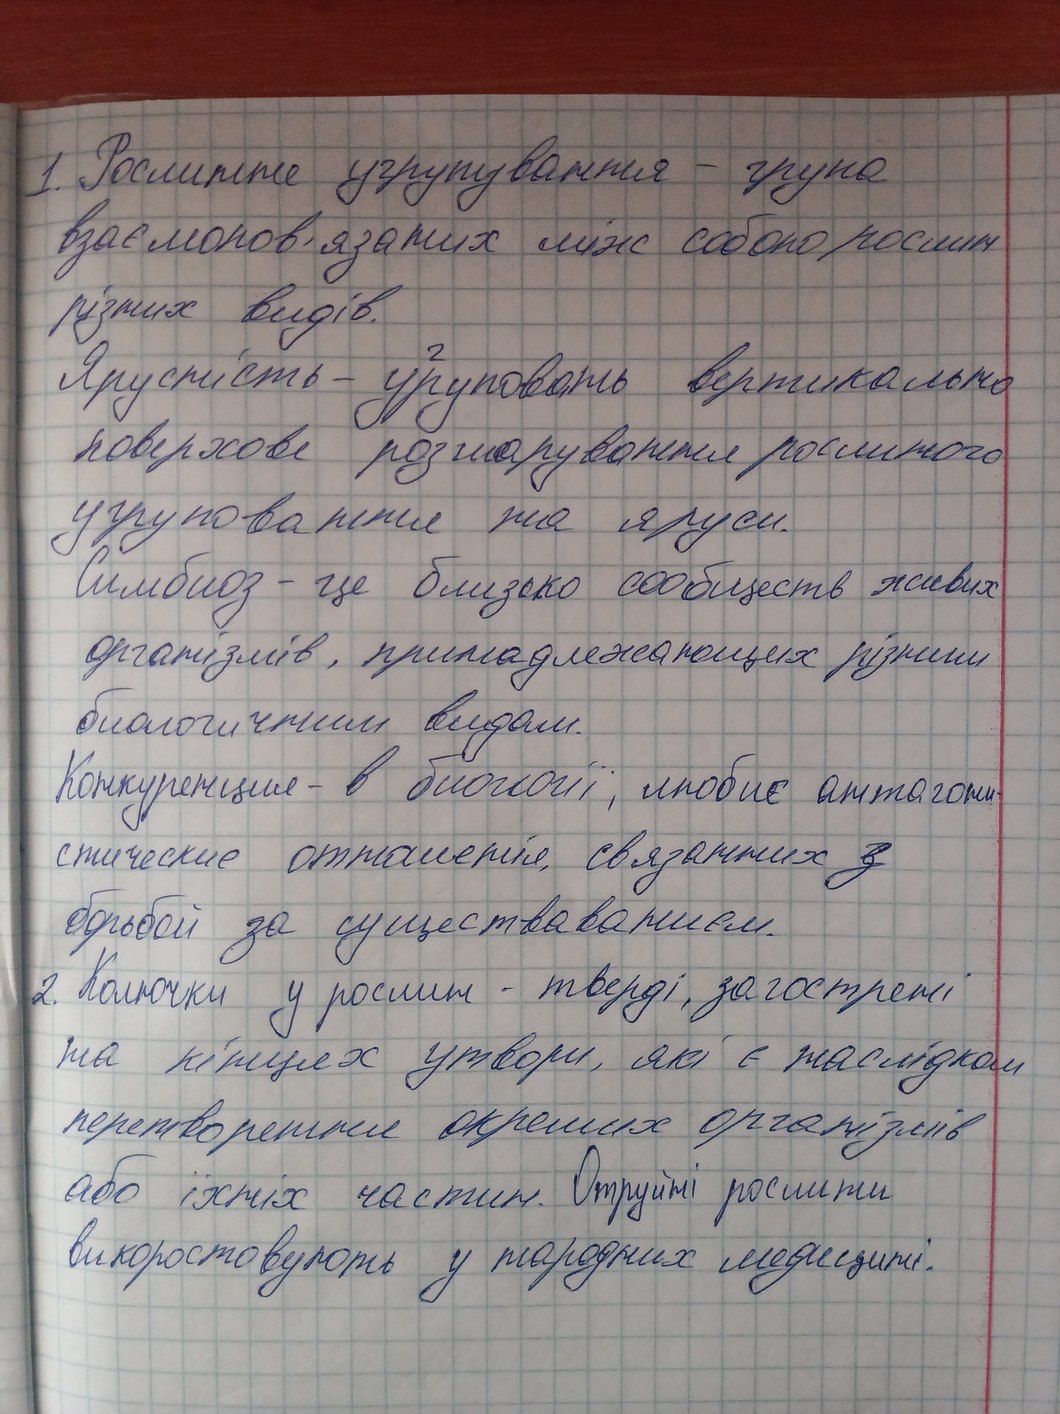
1. Рослинне угрупування - група
взаємопов'язаних між собою рослин
різних видів.
Ярусність - угруповань вертикально
поверхове розшарування рослинного
угруповання на яруси.
Симбиоз - це близько сообществ живих
організмів, принадлежающих різним
биологичним видам.
Конкуренция - в биології, любиє антагони-
стические отношенія, связанних з
борьбой за существованиєм.
2. Колючки у рослин - тверді, загострені
та кінцях утвори, які є наслідком
перетворення окремих організмів
або їхніх частин. Отруйні рослини
використовують у народних медицині.